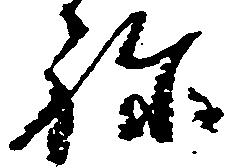
ね